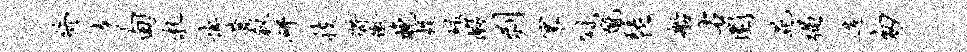
终幸甸札悼蒋叙研技将冲晚捉碌暇剥寰冠蹴琵船右圜苑强造匆